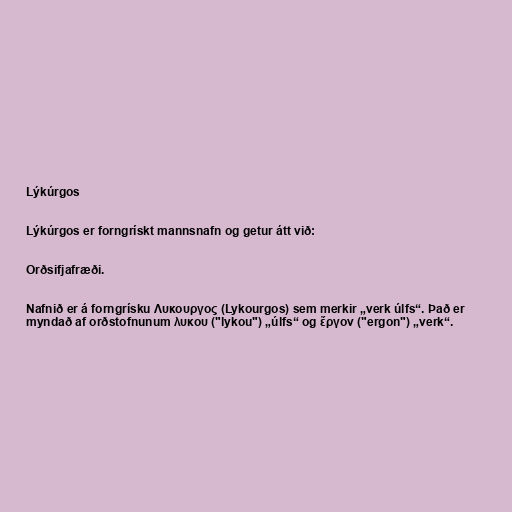
Lýkúrgos

Lýkúrgos er forngrískt mannsnafn og getur átt við:

Orðsifjafræði.

Nafnið er á forngrísku Λυκουργος (Lykourgos) sem merkir „verk úlfs“. Það er
myndað af orðstofnunum λυκου ("lykou") „úlfs“ og ἔργον ("ergon") „verk“.